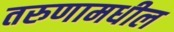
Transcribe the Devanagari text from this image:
तरुणामधील